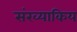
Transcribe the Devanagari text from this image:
संख्याकिय